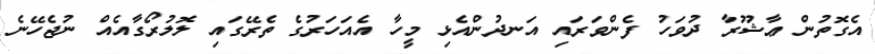
އެގޮތުން ޢާޝޫރާ ދުވަހު ފެންވަރައި އަނދުންއެޅި މީހާ އެއަހަރުގެ ތެރޭގައި ލޮލުރޯގާއެއް ނުޖެހޭނެ